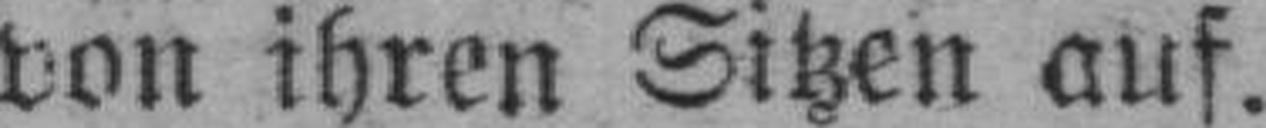
von ihren Sitzen auf.